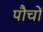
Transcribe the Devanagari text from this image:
पौचों